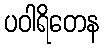
ပဝါရိတေန